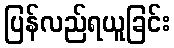
ပြန်လည်ရယူခြင်း